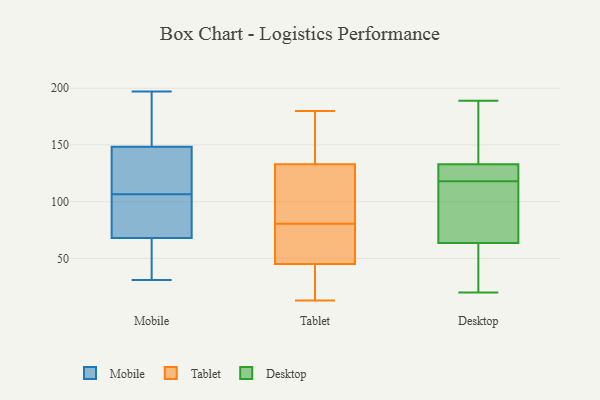
{"axis": {"x": "Humidity (%)", "y": "Value"}, "legend": ["Desktop", "Mobile", "Tablet"], "data": [{"x": "", "y": 174, "type": "Mobile"}, {"x": "", "y": 64, "type": "Mobile"}, {"x": "", "y": 72, "type": "Mobile"}, {"x": "", "y": 94, "type": "Mobile"}, {"x": "", "y": 144, "type": "Mobile"}, {"x": "", "y": 77, "type": "Mobile"}, {"x": "", "y": 122, "type": "Mobile"}, {"x": "", "y": 119, "type": "Mobile"}, {"x": "", "y": 153, "type": "Mobile"}, {"x": "", "y": 31, "type": "Mobile"}, {"x": "", "y": 87, "type": "Mobile"}, {"x": "", "y": 54, "type": "Mobile"}, {"x": "", "y": 48, "type": "Mobile"}, {"x": "", "y": 181, "type": "Mobile"}, {"x": "", "y": 197, "type": "Mobile"}, {"x": "", "y": 131, "type": "Mobile"}, {"x": "", "y": 45, "type": "Tablet"}, {"x": "", "y": 38, "type": "Tablet"}, {"x": "", "y": 125, "type": "Tablet"}, {"x": "", "y": 133, "type": "Tablet"}, {"x": "", "y": 56, "type": "Tablet"}, {"x": "", "y": 106, "type": "Tablet"}, {"x": "", "y": 68, "type": "Tablet"}, {"x": "", "y": 139, "type": "Tablet"}, {"x": "", "y": 15, "type": "Tablet"}, {"x": "", "y": 169, "type": "Tablet"}, {"x": "", "y": 85, "type": "Tablet"}, {"x": "", "y": 13, "type": "Tablet"}, {"x": "", "y": 180, "type": "Tablet"}, {"x": "", "y": 76, "type": "Tablet"}, {"x": "", "y": 89, "type": "Desktop"}, {"x": "", "y": 164, "type": "Desktop"}, {"x": "", "y": 158, "type": "Desktop"}, {"x": "", "y": 121, "type": "Desktop"}, {"x": "", "y": 133, "type": "Desktop"}, {"x": "", "y": 56, "type": "Desktop"}, {"x": "", "y": 64, "type": "Desktop"}, {"x": "", "y": 24, "type": "Desktop"}, {"x": "", "y": 119, "type": "Desktop"}, {"x": "", "y": 128, "type": "Desktop"}, {"x": "", "y": 125, "type": "Desktop"}, {"x": "", "y": 133, "type": "Desktop"}, {"x": "", "y": 20, "type": "Desktop"}, {"x": "", "y": 60, "type": "Desktop"}, {"x": "", "y": 63, "type": "Desktop"}, {"x": "", "y": 103, "type": "Desktop"}, {"x": "", "y": 189, "type": "Desktop"}, {"x": "", "y": 187, "type": "Desktop"}, {"x": "", "y": 81, "type": "Desktop"}, {"x": "", "y": 117, "type": "Desktop"}]}